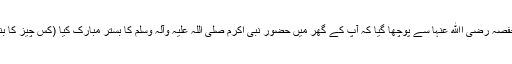
حضرت حفصہ رضی اﷲ عنہا سے پوچھا گیا کہ آپ کے گھر میں حضور نبی اکرم صلی اللہ علیہ وآلہ وسلم کا بستر مبارک کیا (کس چیز کا بنا ہوا) تھا؟